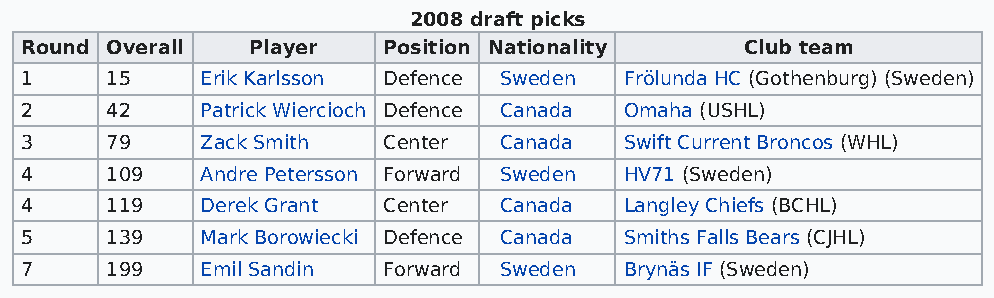
2008 draft picks
 Round Overall  Player   Position Nationality    Club team
 1     15    Erik Karlsson Defence Sweden Frölunda HC (Gothenburg) (Sweden)
 2     42    Patrick Wiercioch Defence Canada Omaha (USHL)
 3     79    Zack Smith  Center  Canada  Swift Current Broncos (WHL)
 4     109   Andre Petersson Forward Sweden HV71 (Sweden)
 4     119   Derek Grant Center  Canada  Langley Chiefs (BCHL)
 5     139   Mark Borowiecki Defence Canada Smiths Falls Bears (CJHL)
 7     199   Emil Sandin Forward Sweden  Brynäs IF (Sweden)